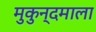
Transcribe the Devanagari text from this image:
मुकुन्दमाला